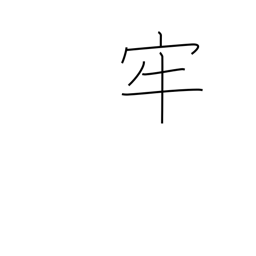
Meaning: prison